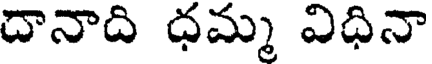
దానాది ధమ్మ విధినా